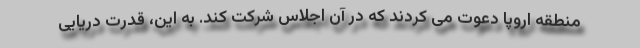
منطقه اروپا دعوت می کردند که در آن اجلاس شرکت کند. به این، قدرت دریایی